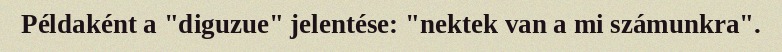
Példaként a "diguzue" jelentése: "nektek van a mi számunkra".